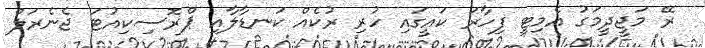
ރޭ މަޖީދީމަގު އެމިޓީ ފިހާރަ ކައީގައި ހުރި ރުކެއް ކަނޑާލާއި ޕްރޮސިކިއުޓަ ޖެނެރަލް